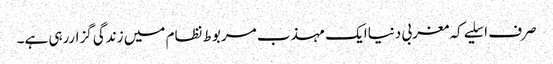
صرف اسلیے کہ مغربی دنیاایک مہذب مربوط نظام میں زندگی گزاررہی ہے۔